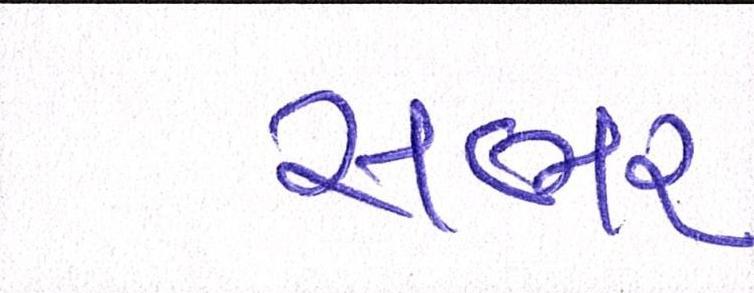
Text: સભર